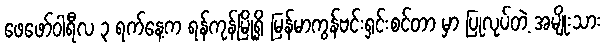
ဖေဖော်ဝါရီလ ၃ ရက်နေ့က ရန်ကုန်မြို့ရှိ မြန်မာကွန်ဗင်းရှင်းစင်တာ မှာ ပြုလုပ်တဲ့ အမျိုးသား